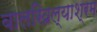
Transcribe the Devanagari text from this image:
बालखिल्याश्रम